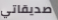
صديقاتي